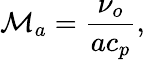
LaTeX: \mathcal{M}_{a}=\frac{\nu_{o}}{ac_{p}},